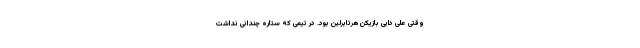
وقتی علی دایی بازیکن هرتابرلین بود. در تیمی که ستاره چندانی نداشت